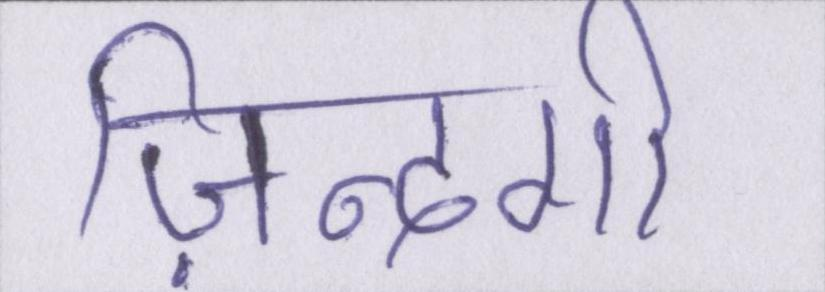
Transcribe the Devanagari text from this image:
ज़िन्दगी